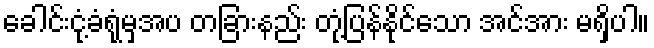
ခေါင်းငုံ့ခံရုံမှအပ တခြားနည်း တုံ့ပြန်နိုင်သော အင်အား မရှိပါ။